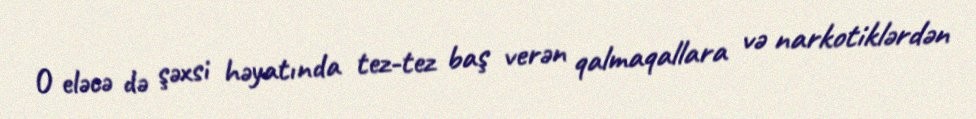
O eləcə də şəxsi həyatında tez-tez baş verən qalmaqallara və narkotiklərdən